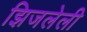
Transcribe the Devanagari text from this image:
झिजलेली